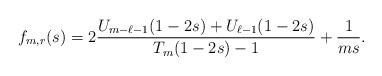
LaTeX: \begin{align*} f_{m,r}(s) = 2\frac{U_{m-\ell-1}(1-2s)+U_{\ell-1}(1-2s)}{T_{m}(1-2s)-1}+\frac{1}{ms}.\end{align*}